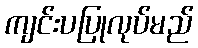
ကျင်းပပြုလုပ်မည်